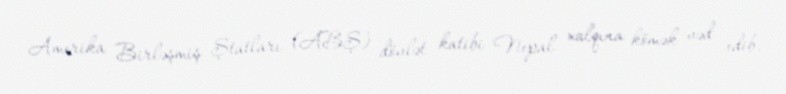
Amerika Birləşmiş Ştatları (ABŞ) dövlət katibi Nepal xalqına kömək vəd edib.